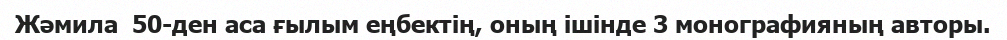
Жәмила  50-ден аса ғылым еңбектің, оның ішінде 3 монографияның авторы.